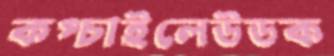
কপ্‌চাইলেউডক